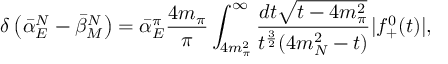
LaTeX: \delta \left( \bar { \alpha } _ { E } ^ { N } - \bar { \beta } _ { M } ^ { N } \right) = \bar { \alpha } _ { E } ^ { \pi } { \frac { 4 m _ { \pi } } { \pi } } \int _ { 4 m _ { \pi } ^ { 2 } } ^ { \infty } { \frac { d t \sqrt { t - 4 m _ { \pi } ^ { 2 } } } { t ^ { \frac { 3 } { 2 } } ( 4 m _ { N } ^ { 2 } - t ) } } | f _ { + } ^ { 0 } ( t ) | ,